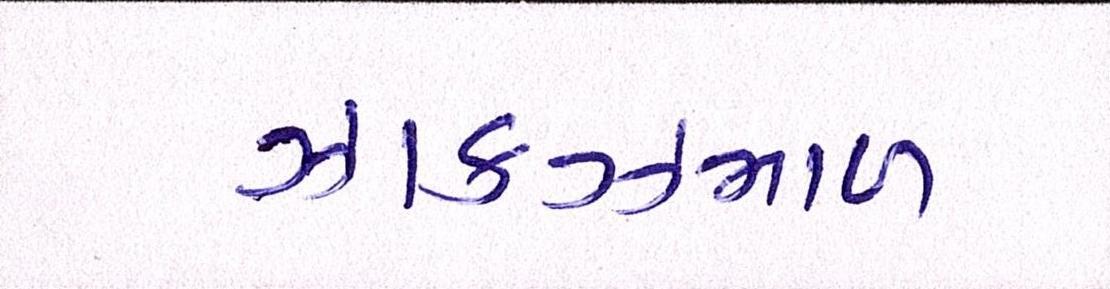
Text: ઝાકઝમાળ